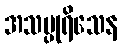
အသပ္ပုရိသေန